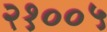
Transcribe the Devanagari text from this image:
२१००५